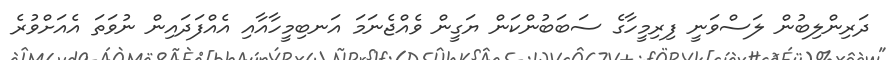
ދަރިންލިބުން ލަސްވަނީ ފިރިމީހާގެ ސަބަބުންކަން ޔަގީން ވެއްޖެނަމަ އަނބިމީހާއާއި އެއްފަދައިން ނުވަތަ އެއަށްވުރެ